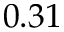
0 . 3 1